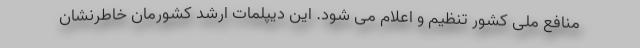
منافع ملی کشور تنظیم و اعلام می شود. این دیپلمات ارشد کشورمان خاطرنشان